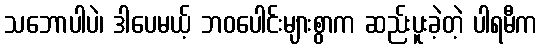
သဘောပါပဲ၊ ဒါပေမယ့် ဘဝပေါင်းများစွာက ဆည်းပူးခဲ့တဲ့ ပါရမီက